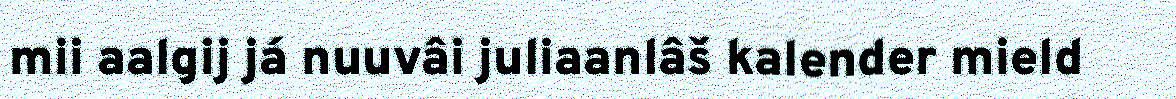
mii aalgij já nuuvâi juliaanlâš kalender mield